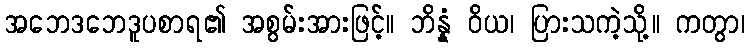
အဘေဒဘေဒူပစာရ၏ အစွမ်းအားဖြင့်။ ဘိန္နံ ဝိယ၊ ပြားသကဲ့သို့။ ကတွာ၊